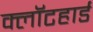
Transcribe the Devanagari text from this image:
क्लॉटहार्ड